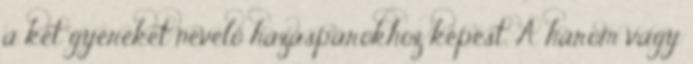
a két gyereket nevelő házaspárokhoz képest. A három vagy